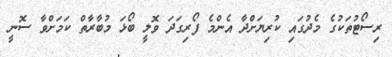
ރިސޯޓުތަކުގެ މެދުގައި ކުރިޔަށްދާ އެންމެ ފޯރިގަދަ ވޮލީ ބޯޅަ މުބާރާތް ކަމަށްވާ ސޮނީ